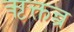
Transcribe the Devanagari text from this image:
ऋक्तन्त्र